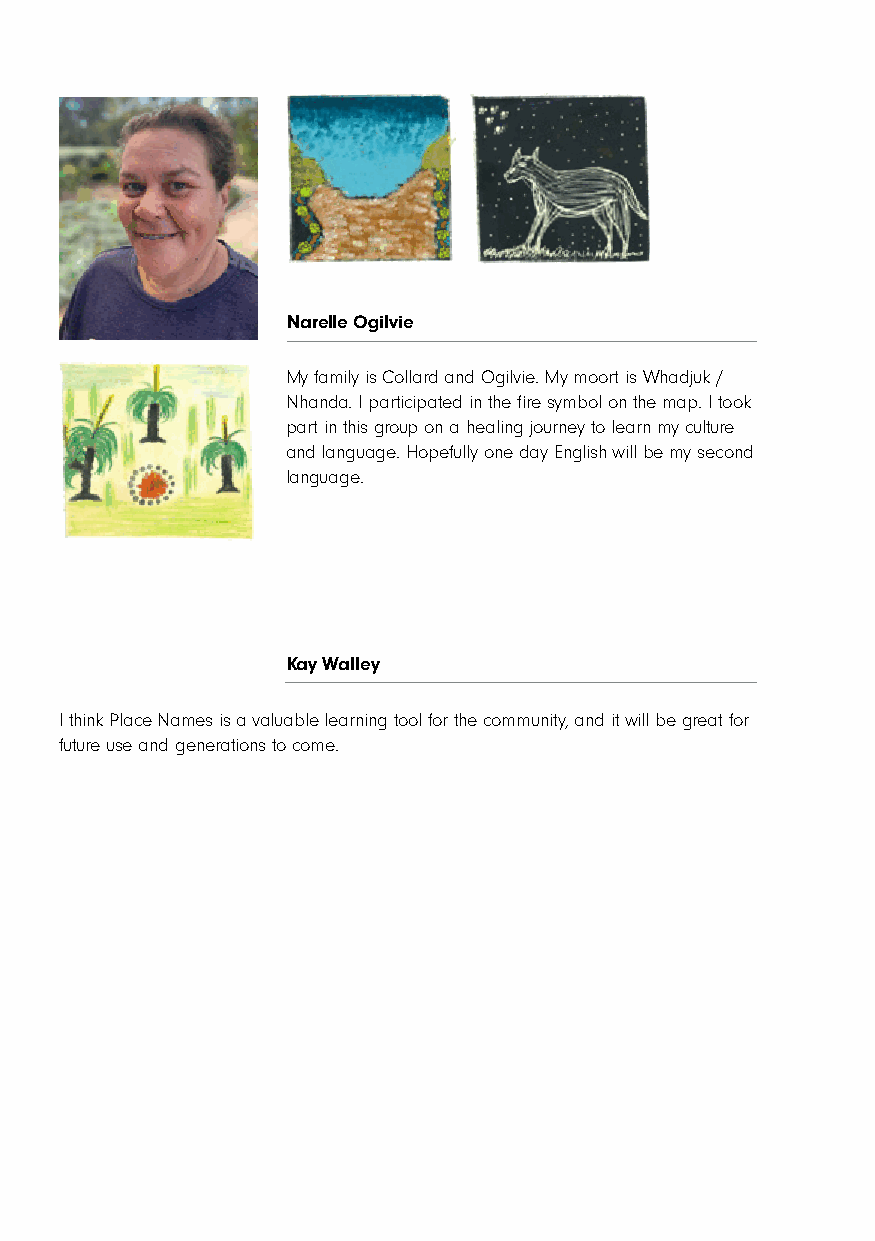
Narelle Ogilvie
 My family is Collard and Ogilvie. My moort is Whadjuk /
 Nhanda. I participated in the fire symbol on the map. I took
 part in this group on a healing journey to learn my culture
 and language. Hopefully one day English will be my second
 language.
 Kay Walley
 I think Place Names is a valuable learning tool for the community, and it will be great for
 future use and generations to come.